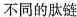
不同的肽链